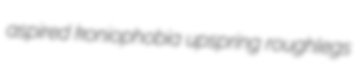
aspired koniophobia upspring roughlegs